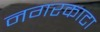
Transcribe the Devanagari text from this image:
नगरकाटा